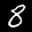
Label: 8